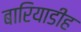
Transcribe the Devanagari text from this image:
बारियाडीह